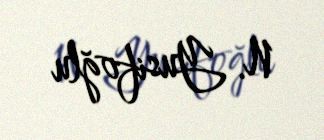
N. Yusifoğlu